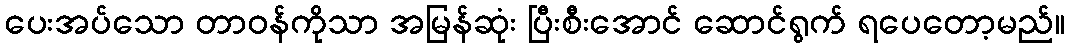
ပေးအပ်သော တာဝန်ကိုသာ အမြန်ဆုံး ပြီးစီးအောင် ဆောင်ရွက် ရပေတော့မည်။